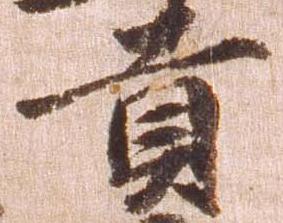
貢